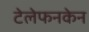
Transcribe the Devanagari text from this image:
टेलेफनकेन